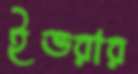
ইভরার